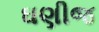
ઘણીજ